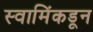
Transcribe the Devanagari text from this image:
स्वामिंकडून